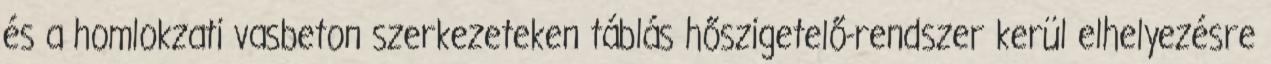
és a homlokzati vasbeton szerkezeteken táblás hőszigetelő-rendszer kerül elhelyezésre